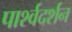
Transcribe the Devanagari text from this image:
पार्श्वदर्शन